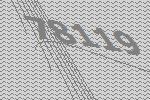
78119